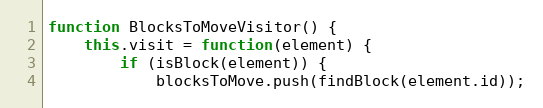
Language: JavaScript
function BlocksToMoveVisitor() {
	this.visit = function(element) {
		if (isBlock(element)) {
			blocksToMove.push(findBlock(element.id));